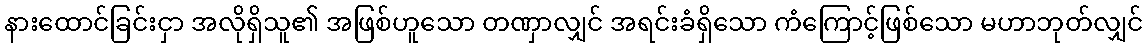
နားထောင်ခြင်းငှာ အလိုရှိသူ၏ အဖြစ်ဟူသော တဏှာလျှင် အရင်းခံရှိသော ကံကြောင့်ဖြစ်သော မဟာဘုတ်လျှင်